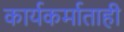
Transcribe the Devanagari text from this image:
कार्यकर्माताही